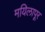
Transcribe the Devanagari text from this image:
मयिलापूर